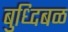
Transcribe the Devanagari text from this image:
बुध्दिबळ